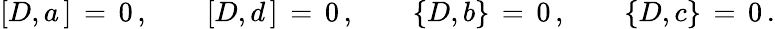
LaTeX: [D,a\, ]\, =\, 0\, ,\qquad[D,d\, ]\, =\, 0\, ,\qquad\{ D,b\} \, =\, 0\, ,\qquad\{ D,c\} \, =\, 0\, .